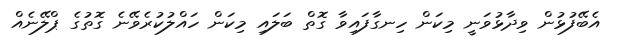
އެބޭފުޅުން ވިދާޅުވަނީ މިކަން ހިނގާފައިވާ ގޮތް ބަލައި މިކަން ހައްލުކުރެވޭނެ ގޮތުގެ ޕްލޭނެއް